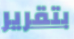
بتقرير